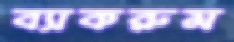
ব্যাকরুম